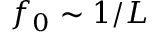
f _ { 0 } \sim 1 / L